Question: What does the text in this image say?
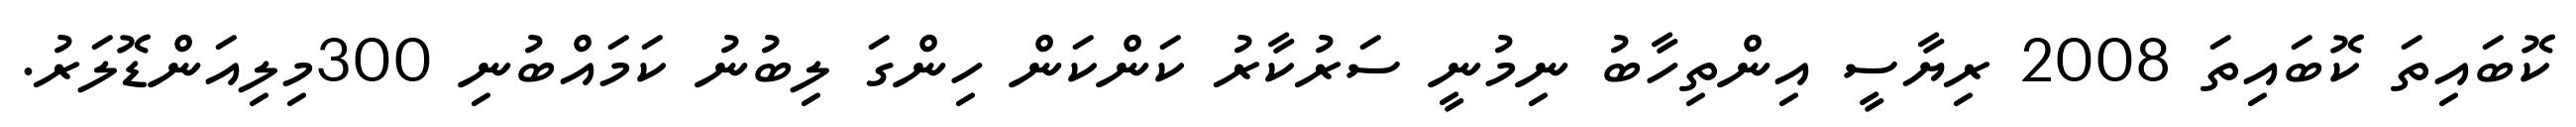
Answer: ކޮބައިތަ ކޮބައިތަ 2008 ރިޔާސީ އިންތިހާބު ނިމުނީ ސަރުކާރު ކަންކަން ހިންގަ ލިބުނު ކަމައްބުނި 300މިލިއަންޑޮލަރު.